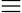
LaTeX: \equiv